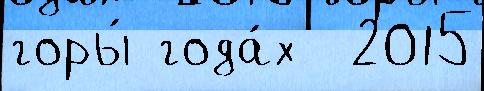
горы́ года́х  2015